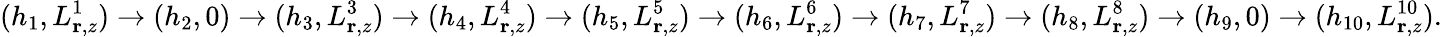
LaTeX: (h_{1},L_{{\mathbf r},z}^{1})\rightarrow(h_{2},0)\rightarrow(h_{3},L_{{\mathbf r},z}^{3})\rightarrow(h_{4},L_{{\mathbf r},z}^{4})\rightarrow(h_{5},L_{{\mathbf r},z}^{5})\rightarrow(h_{6},L_{{\mathbf r},z}^{6})\rightarrow(h_{7},L_{{\mathbf r},z}^{7})\rightarrow(h_{8},L_{{\mathbf r},z}^{8})\rightarrow(h_{9},0)\rightarrow(h_{10},L_{{\mathbf r},z}^{10}).